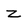
Character: Z